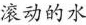
滚动的水